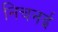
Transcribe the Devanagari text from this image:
निचनई